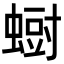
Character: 𮔨